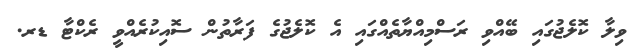
ވިލާ ކޮލެޖުގައި ބޭއްވި ރަސްމިއްޔާތެއްގައި އެ ކޮލެޖުގެ ފަރާތުން ސޮއިކުރެއްވީ ރެކްޓާ ޑރ.